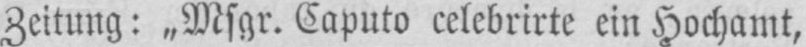
Zeitung: „Msgr. Caputo celebrirte ein Hochamt,